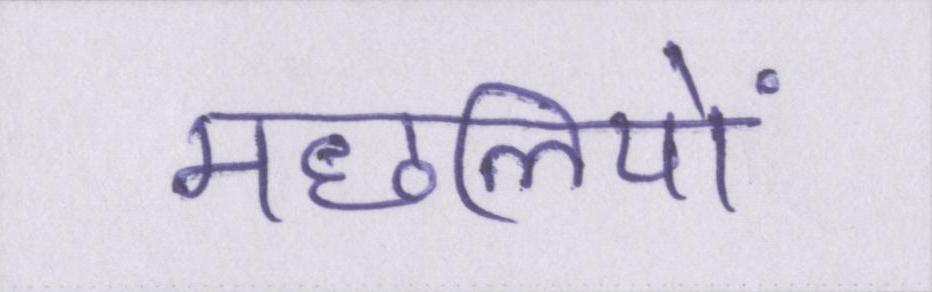
मछलियों